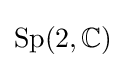
\mathrm {Sp} (2,\mathbb {C} )~